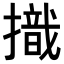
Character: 𢴠